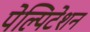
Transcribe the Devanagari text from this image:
पेल्पिटेशन